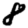
Digit: 8